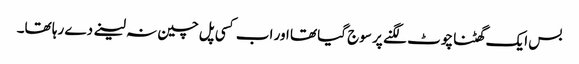
بس ایک گھٹنا چوٹ لگنے پر سوج گیا تھا اور اب کسی پل چین نہ لینے دے رہا تھا۔